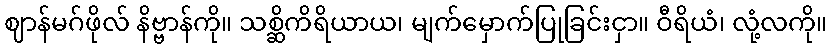
ဈာန်မဂ်ဖိုလ် နိဗ္ဗာန်ကို။ သစ္ဆိကိရိယာယ၊ မျက်မှောက်ပြုခြင်းငှာ။ ဝီရိယံ၊ လုံ့လကို။